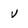
Character: v